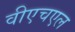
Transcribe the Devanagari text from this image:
वीएचएल